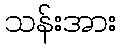
သန်းအား